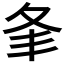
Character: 𡕗